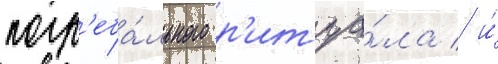
погр'еба́льного р'итуа́ла / и́